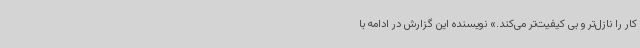
کار را نازل‌تر و بی کیفیت‌تر می‌کند.» نویسنده این گزارش در ادامه با